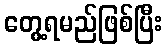
တွေ့ရမည်ဖြစ်ပြီး